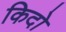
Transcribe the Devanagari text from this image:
किदो